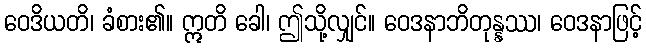
ဝေဒိယတိ၊ ခံစား၏။ ဣတိ ခေါ၊ ဤသို့လျှင်။ ဝေဒနာဘိတုန္နဿ၊ ဝေဒနာဖြင့်